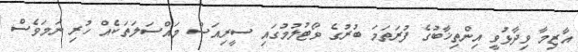
އާޒިމާ ވިދާޅުވީ އިންތިޚާބުގެ ފުރަތަމަ ބުރުގެ ވޯޓުލުމުގައި ސީރިއަސް މައްސަލަތަކެއް ހުރި ނަމަވެސް